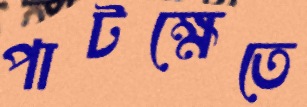
পাটক্ষেতে